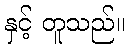
နှင့် တူသည်။